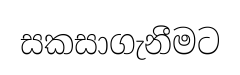
සකසාගැනීමට